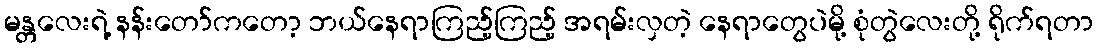
မန္တလေးရဲ့ နန်းတော်ကတော့ ဘယ်နေရာကြည့်ကြည့် အရမ်းလှတဲ့ နေရာတွေပဲမို့ စုံတွဲလေးတို့ ရိုက်ရတာ